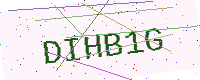
Text: DIHB1G